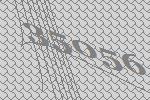
35056